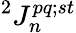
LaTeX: {}^{2}J_{n}^{pq;st}